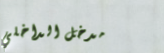
مدخل الداخلي